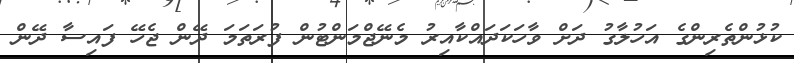
ކުޅުންތެރިންގެ އަހުލާގު ދަށް ވާހަކަދައްކާއިރު މެނޭޖްމަންޓުން ފުރަތަމަ ދޭން ޖެހޭ ފައިސާ ދޭން